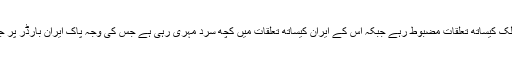
پچھلے کچھ عرصے میں پاکستان کے جی سی سی ممالک کیساتھ تعلقات مضبوط رہے جبکہ اس کے ایران کیساتھ تعلقات میں کچھ سرد مہری رہی ہے جس کی وجہ پاک ایران بارڈر پر جھڑپوں کا ہونا اور سفارتی طور پر تعلقات میں خلا تھا۔